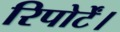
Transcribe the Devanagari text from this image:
रिपोर्टें।